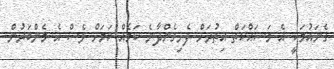
ގެނައުމަކީ އެ މަސައްކަތް އިތުރަށް ފެށިގެންދާނެ ކަމެއް ކަމަށް ވެސް އެ މެންބަރުން